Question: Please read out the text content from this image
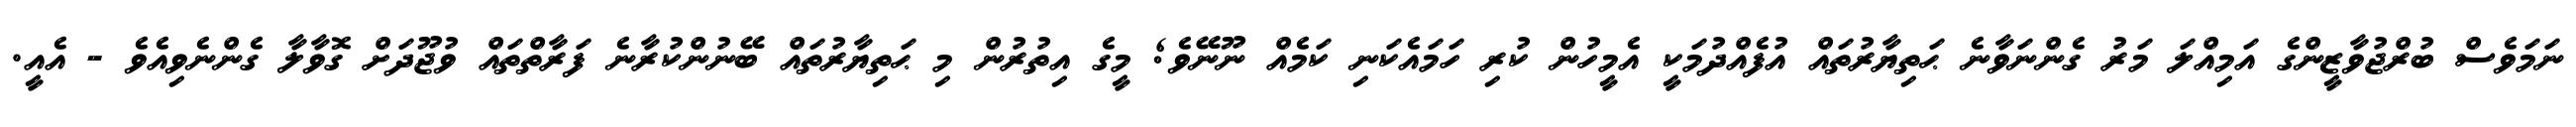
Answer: ނަމަވެސް ބުރްޖުވާޒީންގެ އަމިއްލަ މަރު ގެންނަވާނެ ޙަތިޔާރުތައް އުފެއްދުމަކީ އެމީހުން ކުރި ހަމައެކަނި ކަމެއް ނޫނޭވެ; މީގެ އިތުރުން މި ޙަތިޔާރުތައް ބޭނުންކުރާނެ ފަރާތްތައް ވުޖޫދަށް ގޮވާލާ ގެންނެވިއެވެ - އެއީ.